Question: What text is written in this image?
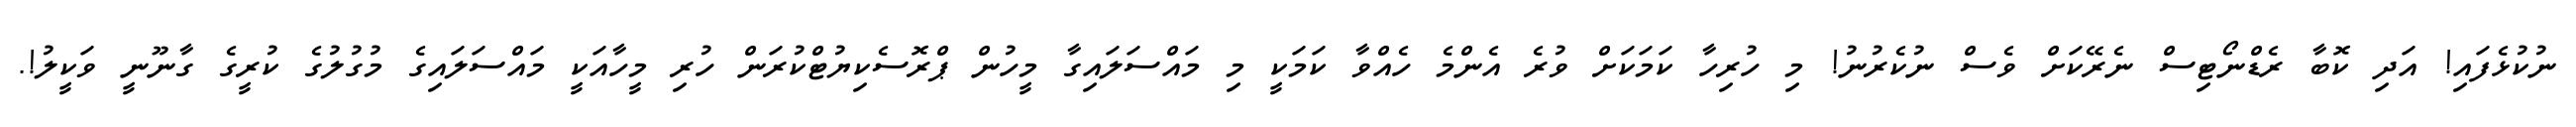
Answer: ނުކުޅެފައި! އަދި ކޮބާ ރެޑްނޯޓިސް ނެރޭކަށް ވެސް ނުކެރުނު! މި ހުރިހާ ކަމަކަށް ވުރެ އެންމެ ހެއްވާ ކަމަކީ މި މައްސަލައިގާ މީހުން ޕްރޮސެކިޔުޓްކުރަން ހުރި މީހާއަކީ މައްސަލައިގެ މުގުލުގެ ކުރީގެ ގާނޫނީ ވަކީލު!.